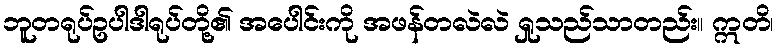
ဘူတရုပ်ဥပါဒါရုပ်တို့၏ အပေါင်းကို အဖန်တလဲလဲ ရှုသည်သာတည်း။ ဣတိ၊